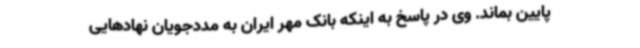
پایین بماند. وی در پاسخ به اینکه بانک مهر ایران به مددجویان نهادهایی